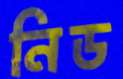
নিড